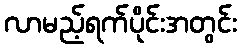
လာမည့်ရက်ပိုင်းအတွင်း